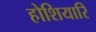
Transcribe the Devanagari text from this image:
होशियारि